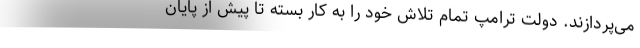
می‌پردازند. دولت ترامپ تمام تلاش خود را به کار بسته تا پیش از پایان